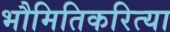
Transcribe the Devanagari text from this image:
भौमितिकरित्या